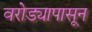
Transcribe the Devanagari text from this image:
वरोड्यापासून